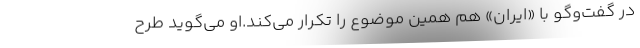
در گفت‌و‌گو با «ایران» هم همین موضوع را تکرار می‌کند.او می‌گوید طرح